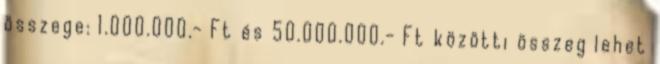
összege: 1.000.000.- Ft és 50.000.000.- Ft közötti összeg lehet